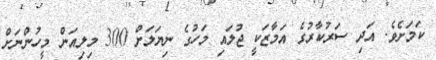
ކަމަށެވެ. އަދި ސަރުކާރުގެ އަމާޒަކީ ޖުލައި މަހުގެ ނިޔަލަށް 300 މިލިއަން މީހުންނަށް